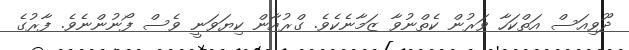
ދޫވިއަސް އަތްކަހާ ވަރުން ކެތްނުވާ ޒަމާނެކެވެ. ގްރުއާން ކިޔަަވަނީ ވެސް ފޯނުންނެވެ. ފާރުގެ